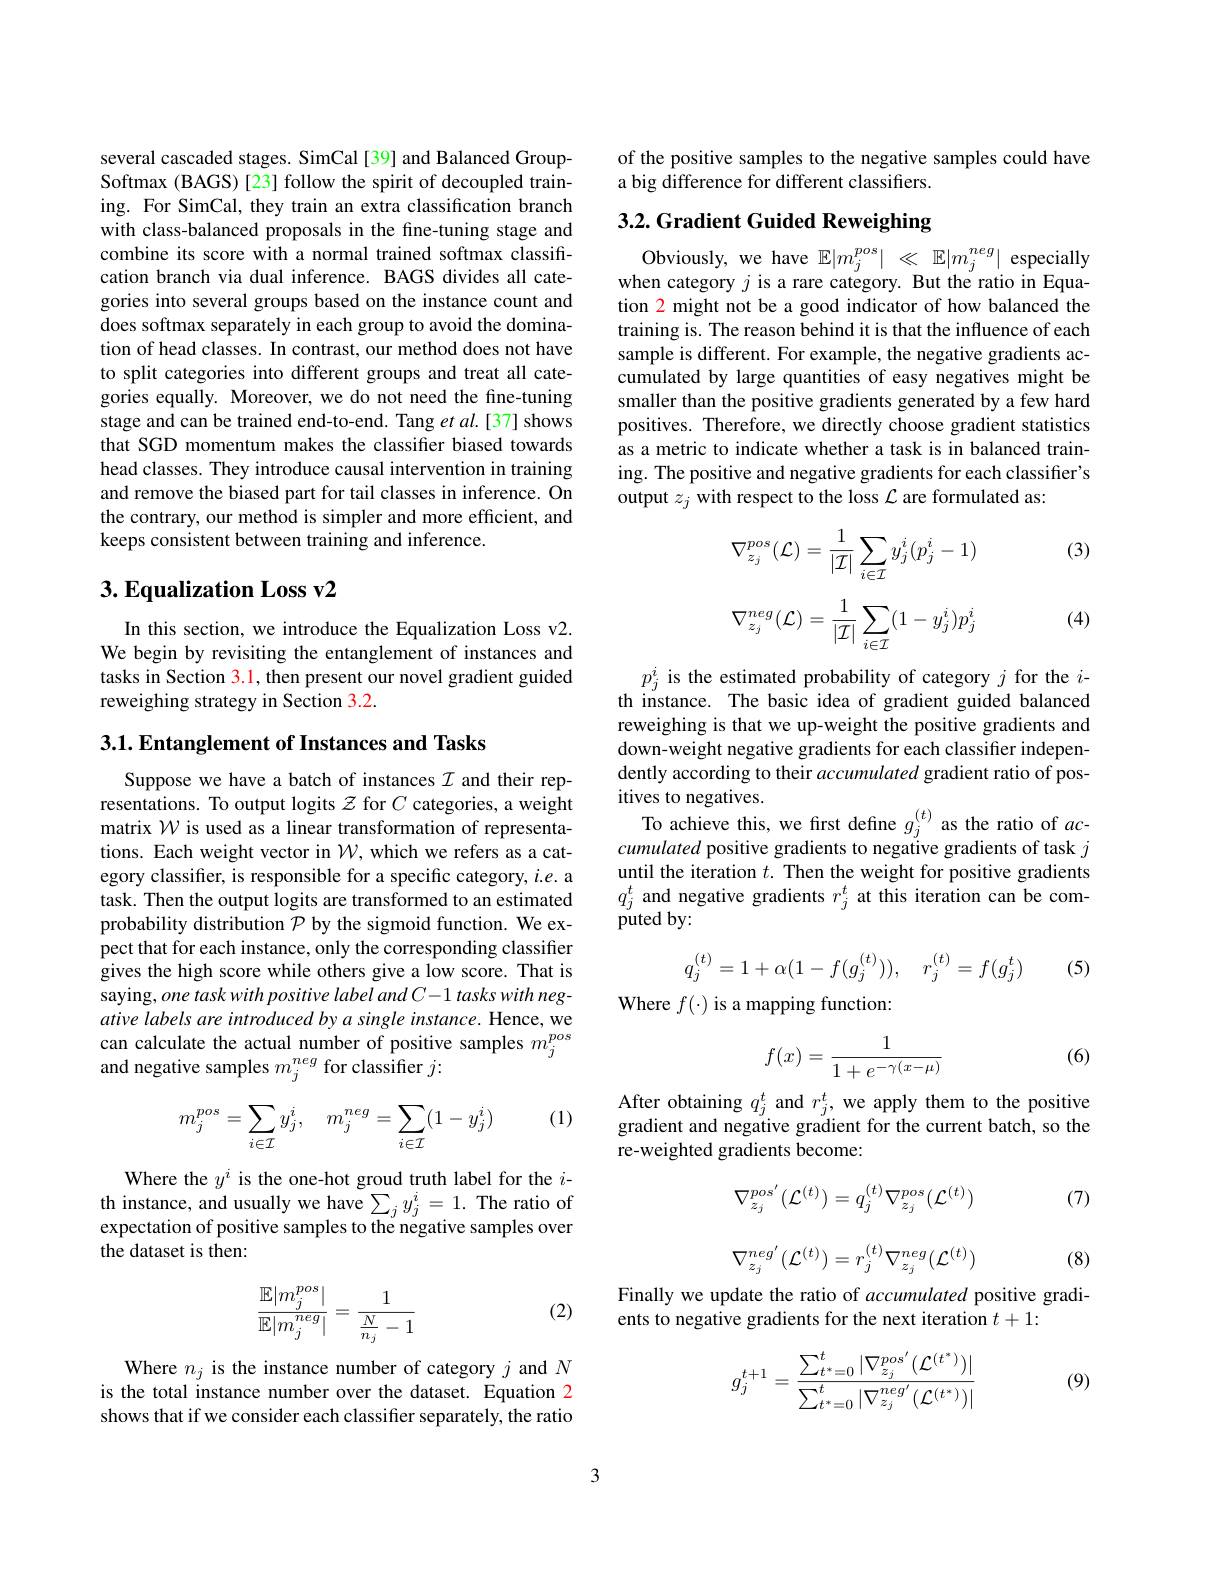
several cascaded stages. SimCal[39] and Balanced GroupSoftmax (BAGS) [23] follow the spirit of decoupled training. For SimCal, they train an extra classification branch with class-balanced proposals in the fine-tuning stage and combine its score with a normal trained softmax classification branch via dual inference. BAGS divides all categories into several groups based on the instance count and does softmax separately in each group to avoid the domination of head classes. In contrast, our method does not have to split categories into different groups and treat all categories equally. Moreover, we do not need the fine-tuning stage and can be trained end-to-end. Tang $et$ al.[37] shows that SGD momentum makes the classifier biased towards head classes. They introduce causal intervention in training and remove the biased part for tail classes in inference. On the contrary, our method is simpler and more efficient, and keeps consistent between training and inference.

### $3. \textbf{Equalization Loss v}2$

In this section, we introduce the Equalization Loss v2. We begin by revisiting the entanglement of instances and tasks in Section 3.1, then present our novel gradient guided reweighing strategy in Section 3.2.

3.1. Entanglement of Instances and Tasks

Suppose we have a batch of instances $I$ and their representations. To output logits $\mathcal{Z}$ for $C$ categories, a weight matrix $\mathcal{W}$ is used as a linear transformation of representations. Each weight vector in $\mathcal{W}$, which we refers as a category classifier, is responsible for a specific category, $i.e.$ a task. Then the output logits are transformed to an estimated probability distribution $\mathcal{P}$ by the sigmoid function. We expect that for each instance, only the corresponding classifier gives the high score while others give a low score. That is saying, one task with positive label and C-1 tasks with negative labels are introduced by a single instance. Hence, we can calculate the actual number of positive samples $m_j^{pos}$ and negative samples $m_j^{neg}$ for classiffer $j:$

(1)
$$m_j^{pos}=\sum_{i\in\mathcal{I}}y_j^i,\quad m_j^{neg}=\sum_{i\in\mathcal{I}}(1-y_j^i)$$
Where the $y^i$ is the one-hot groud truth label for the $i$- th instance, and usually we have $\sum_jy_j^i=1.$ The ratio of expectation of positive samples to the negative samples over the dataset is then:

(2)
$$\begin{aligned}\frac{\mathbb{E}|m_j^{pos}|}{\mathbb{E}|m_j^{neg}|}=\frac{1}{\frac{N}{n_j}-1}\end{aligned}$$
Where $n_j$ is the instance number of category $j$ and $N$ is the total instance number over the dataset. Equation 2 shows that if we consider each classifier separately, the ratio

of the positive samples to the negative samples could have
a big difference for different classifiers.

## 3.2. Gradient Guided Reweighing

Obviously, we have $\mathbb{E}|m_j^{pos}|\ll\mathbb{E}|m_j^{neg}|$ especially when category $j$ is a rare category. But the ratio in Equation 2 might not be a good indicator of how balanced the training is. The reason behind it is that the influence of each sample is different. For example, the negative gradients accumulated by large quantities of easy negatives might be smaller than the positive gradients generated by a few hard positives. Therefore, we directly choose gradient statistics as a metric to indicate whether a task is in balanced training. The positive and negative gradients for each classifier's output $z_j$ with respect to the loss $\mathcal{L}$ are formulated as:

(3)
$$\nabla_{z_{j}}^{pos}(\mathcal{L})=\frac{1}{|\mathcal{I}|}\sum_{i\in\mathcal{I}}y_{j}^{i}(p_{j}^{i}-1)\\\nabla_{z_{j}}^{neg}(\mathcal{L})=\frac{1}{|\mathcal{I}|}\sum_{i\in\mathcal{I}}(1-y_{j}^{i})p_{j}^{i}$$
(4)

$p_j^i$ is the estimated probability of category $j$ for the $i-$ th instance. The basic idea of gradient guided balanced reweighing is that we up-weight the positive gradients and down-weight negative gradients for each classifier independently according to their accumulated gradient ratio of positives to negatives.
To achieve this, we first define $g_j^{(t)}$ as the ratio of $ac-$ cumulated positive gradients to negative gradients of task $j$ until the iteration $t.$ Then the weight for positive gradients $q_{j}^{t}$ and negative gradients $r_j^t$ at this iteration can be com- ${\mathrm{puted~by:}}$

(5)
$$q_j^{(t)}=1+\alpha(1-f(g_j^{(t)})),\quad r_j^{(t)}=f(g_j^t)$$
$$f(x)=\frac{1}{1+e^{-\gamma(x-\mu)}}$$
(6)

After obtaining $q_j^t$ and $r_j^t$, we apply them to the positive gradient and negative gradient for the current batch, so the re-weighted gradients become:

(7)
$$\nabla_{z_j}^{pos'}(\mathcal{L}^{(t)})=q_j^{(t)}\nabla_{z_j}^{pos}(\mathcal{L}^{(t)})$$
$$\nabla_{z_j}^{neg'}(\mathcal{L}^{(t)})=r_j^{(t)}\nabla_{z_j}^{neg}(\mathcal{L}^{(t)})$$
(8)

Finally we update the ratio of accumulated positive gradi-
ents to negative gradients for the next iteration $t+1:$
$$g_j^{t+1}=\frac{\sum_{t^*=0}^t|\nabla_{z_j}^{pos'}(\mathcal{L}^{(t^*)})|}{\sum_{t^*=0}^t|\nabla_{z_j}^{neg'}(\mathcal{L}^{(t^*)})|}$$
(9)

3